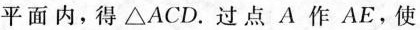
平面内，得△ACD。过点A作AE，使